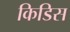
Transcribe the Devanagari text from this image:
किडिस